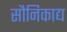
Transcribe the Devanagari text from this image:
सौनिकाद्य